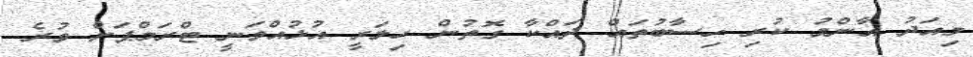
މިއަދު އާންމު ކުރި ހިސާބުތައް ދައްކާ ގޮތުން ހިލަރީ އުޅުއްވަނީ ޓްރަމްޕަށް ވުރެ